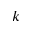
k